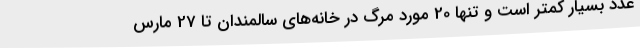
عدد بسیار کمتر است و تنها 20 مورد مرگ در خانه‌های سالمندان تا 27 مارس